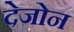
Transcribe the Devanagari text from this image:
देजोन